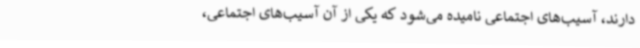
دارند، آسیب‌های اجتماعی نامیده می‌شود که یکی از آن آسیب‌های اجتماعی،